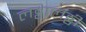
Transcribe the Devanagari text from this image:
लठ्ठालठ्ठी